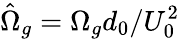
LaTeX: \hat{\Omega}_{g}=\Omega_{g}d_{0}/U_{0}^{2}